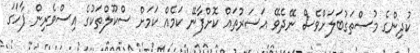
ކުދިންގެ މުސްތަގުބަލަށްވެސް ނޭދެވޭ އަސަރުތައް ކޮށްފާނޭ ކަމެއް ކަމަށް ސްކޫލްތަކުގެ އިސްވެރިން ފާހަގަ